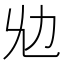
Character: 𠠷